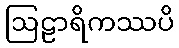
ဩဠာရိကဿပိ